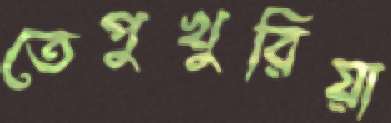
তেপুখুরিয়া